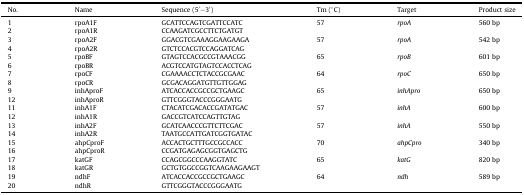
<table><thead><tr><td><b>No.</b></td><td><b>Name</b></td><td><b>Sequence (5′–3′)</b></td><td><b>Tm (°C)</b></td><td><b>Target</b></td><td><b>Product size</b></td></tr></thead><tbody><tr><td>1</td><td>rpoA1F</td><td>GCATTCCAGTCGATTCCATC</td><td>57</td><td><i>rpoA</i></td><td>560 bp</td></tr><tr><td>2</td><td>rpoA1R</td><td>CCAAGATCGCCTTCTGATGT</td></tr><tr><td>3</td><td>rpoA2F</td><td>GGACGTCGAAAGGAAGAAGA</td><td>57</td><td><i>rpoA</i></td><td>542 bp</td></tr><tr><td>4</td><td>rpoA2R</td><td>GTCTCCACGTCCAGGATCAG</td></tr><tr><td>5</td><td>rpoBF</td><td>GTAGTCCACGCCGTAAACGG</td><td>65</td><td><i>rpoB</i></td><td>601 bp</td></tr><tr><td>6</td><td>rpoBR</td><td>ACGTCCATGTAGTCCACCTCAG</td></tr><tr><td>7</td><td>rpoCF</td><td>CGAAAACCTCTACCGCGAAC</td><td>64</td><td><i>rpoC</i></td><td>650 bp</td></tr><tr><td>8</td><td>rpoCR</td><td>GCGACAGGATGTTGTTGGAG</td></tr><tr><td>9</td><td>inhAproF</td><td>ATCACCACCGCCGCTGAAGC</td><td>65</td><td><i>inhApro</i></td><td>650 bp</td></tr><tr><td>12</td><td>inhAproR</td><td>GTTCGGGTACCCGGGAATG</td></tr><tr><td>11</td><td>inhA1F</td><td>CTACATCGACACCGATATGAC</td><td>57</td><td><i>inhA</i></td><td>600 bp</td></tr><tr><td>12</td><td>inhA1R</td><td>GACCGTCATCCAGTTGTAG</td></tr><tr><td>13</td><td>inhA2F</td><td>GCATCAACCCGTTCTTCGAC</td><td>57</td><td><i>inhA</i></td><td>550 bp</td></tr><tr><td>14</td><td>inhA2R</td><td>TAATGCCATTGATCGGTGATAC</td></tr><tr><td>15</td><td>ahpCproF</td><td>ACCACTGCTTTGCCGCCACC</td><td>70</td><td><i>ahpCpro</i></td><td>340 bp</td></tr><tr><td>16</td><td>ahpCproR</td><td>CCGATGAGAGCGGTGAGCTG</td></tr><tr><td>17</td><td>katGF</td><td>CCAGCGGCCCAAGGTATC</td><td>65</td><td><i>katG</i></td><td>820 bp</td></tr><tr><td>18</td><td>katGR</td><td>GCTGTGGCCGGTCAAGAAGAAGT</td></tr><tr><td>19</td><td>ndhF</td><td>ATCACCACCGCCGCTGAAGC</td><td>64</td><td><i>ndh</i></td><td>589 bp</td></tr><tr><td>20</td><td>ndhR</td><td>GTTCGGGTACCCGGGAATG</td></tr></tbody></table>